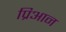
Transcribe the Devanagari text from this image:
प्रिआन